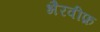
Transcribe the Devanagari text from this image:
भैरवीफ़